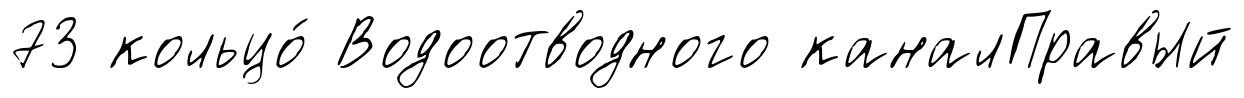
73 кольцо́ Водоотводного каналПравый